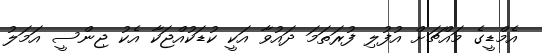
އެމްޑީގެ މައްޗަށް އުފުލި ފުރަތަމަ ދައުވާ އަކީ ކުޑަކުއްޖަކާ އެކު ޖިންސީ އަމަލު